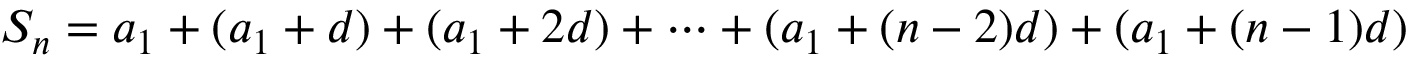
S _ { n } = a _ { 1 } + ( a _ { 1 } + d ) + ( a _ { 1 } + 2 d ) + \cdots + ( a _ { 1 } + ( n - 2 ) d ) + ( a _ { 1 } + ( n - 1 ) d )